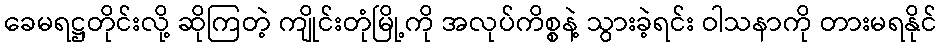
ခေမရဋ္ဌတိုင်းလို့ ဆိုကြတဲ့ ကျိုင်းတုံမြို့ကို အလုပ်ကိစ္စနဲ့ သွားခဲ့ရင်း ဝါသနာကို တားမရနိုင်